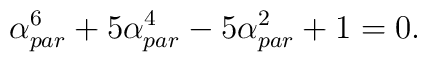
\alpha_{par} ^6+5 \alpha_{par} ^4-5 \alpha_{par}^2 +1=0.